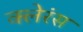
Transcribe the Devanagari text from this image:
क्लेरंस